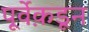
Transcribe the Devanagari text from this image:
पूर्वेक़डून